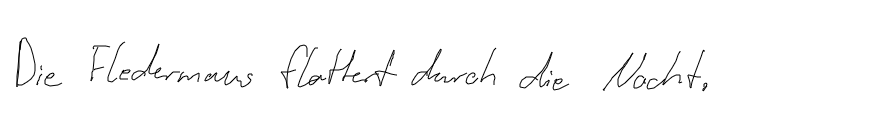
Die Fledermaus flattert durch die Nacht.